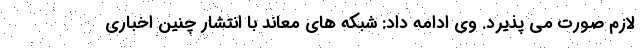
لازم صورت می پذیرد. وی ادامه داد: شبکه های معاند با انتشار چنین اخباری